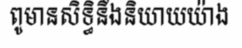
ពូមានសិទ្ធិនឹងនិយាយយ៉ាង